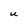
Character: U